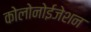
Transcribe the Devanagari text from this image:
कोलोनोईजेशन